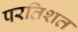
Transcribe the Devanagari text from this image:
परतिशत